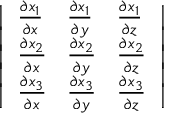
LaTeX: \left| \begin{array} { l l l } { { \frac { \partial x _ { 1 } } { \partial x } } } & { { \frac { \partial x _ { 1 } } { \partial y } } } & { { \frac { \partial x _ { 1 } } { \partial z } } } \\ { { \frac { \partial x _ { 2 } } { \partial x } } } & { { \frac { \partial x _ { 2 } } { \partial y } } } & { { \frac { \partial x _ { 2 } } { \partial z } } } \\ { { \frac { \partial x _ { 3 } } { \partial x } } } & { { \frac { \partial x _ { 3 } } { \partial y } } } & { { \frac { \partial x _ { 3 } } { \partial z } } } \end{array} \right|